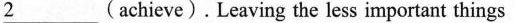
\underline{2}(achieve).Leaving the less important things